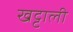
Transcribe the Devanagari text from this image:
खट्टाली